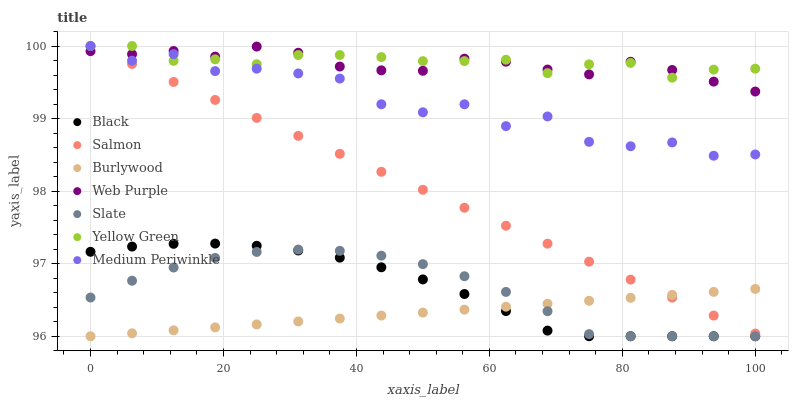
| xaxis_label | Black | Salmon | Burlywood | Web Purple | Slate | Yellow Green | Medium Periwinkle |
 | --- | --- | --- | --- | --- | --- | --- | --- |
 | 0 | 97.2 | 100 | 96 | 99.9 | 96.5 | 100 | 100 |
 | 6.25 | 97.2 | 99.8 | 96 | 99.9 | 96.8 | 100 | 99.8 |
 | 12.5 | 97.3 | 99.5 | 96.1 | 99.9 | 96.9 | 99.8 | 99.9 |
 | 18.8 | 97.3 | 99.3 | 96.1 | 99.9 | 97.1 | 99.8 | 99.7 |
 | 25 | 97.2 | 99 | 96.2 | 100 | 97.2 | 99.7 | 99.7 |
 | 31.2 | 97.2 | 98.8 | 96.2 | 99.9 | 97.2 | 99.9 | 99.6 |
 | 37.5 | 97.1 | 98.5 | 96.2 | 99.7 | 97.2 | 99.9 | 99.6 |
 | 43.8 | 97 | 98.3 | 96.3 | 99.7 | 97.1 | 99.8 | 99.2 |
 | 50 | 96.8 | 98 | 96.3 | 99.7 | 97 | 99.8 | 99.1 |
 | 56.2 | 96.6 | 97.8 | 96.4 | 99.8 | 96.8 | 99.8 | 99.2 |
 | 62.5 | 96.3 | 97.5 | 96.4 | 99.8 | 96.6 | 99.8 | 98.9 |
 | 68.8 | 96.1 | 97.3 | 96.4 | 99.7 | 96.3 | 99.6 | 99 |
 | 75 | 96 | 97 | 96.5 | 99.6 | 96 | 99.7 | 98.7 |
 | 81.2 | 96 | 96.8 | 96.5 | 99.8 | 96 | 99.8 | 98.6 |
 | 87.5 | 96 | 96.5 | 96.6 | 99.7 | 96 | 99.6 | 98.7 |
 | 93.8 | 96 | 96.3 | 96.6 | 99.5 | 96 | 99.7 | 98.5 |
 | 100 | 96 | 96 | 96.7 | 99.4 | 96 | 99.7 | 98.5 |